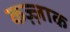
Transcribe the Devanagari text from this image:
कज़्ज़ाक